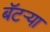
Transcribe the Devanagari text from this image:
बॅटर्‍या